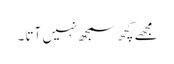
مجھے کچھ سمجھ نہیں آتا ۔